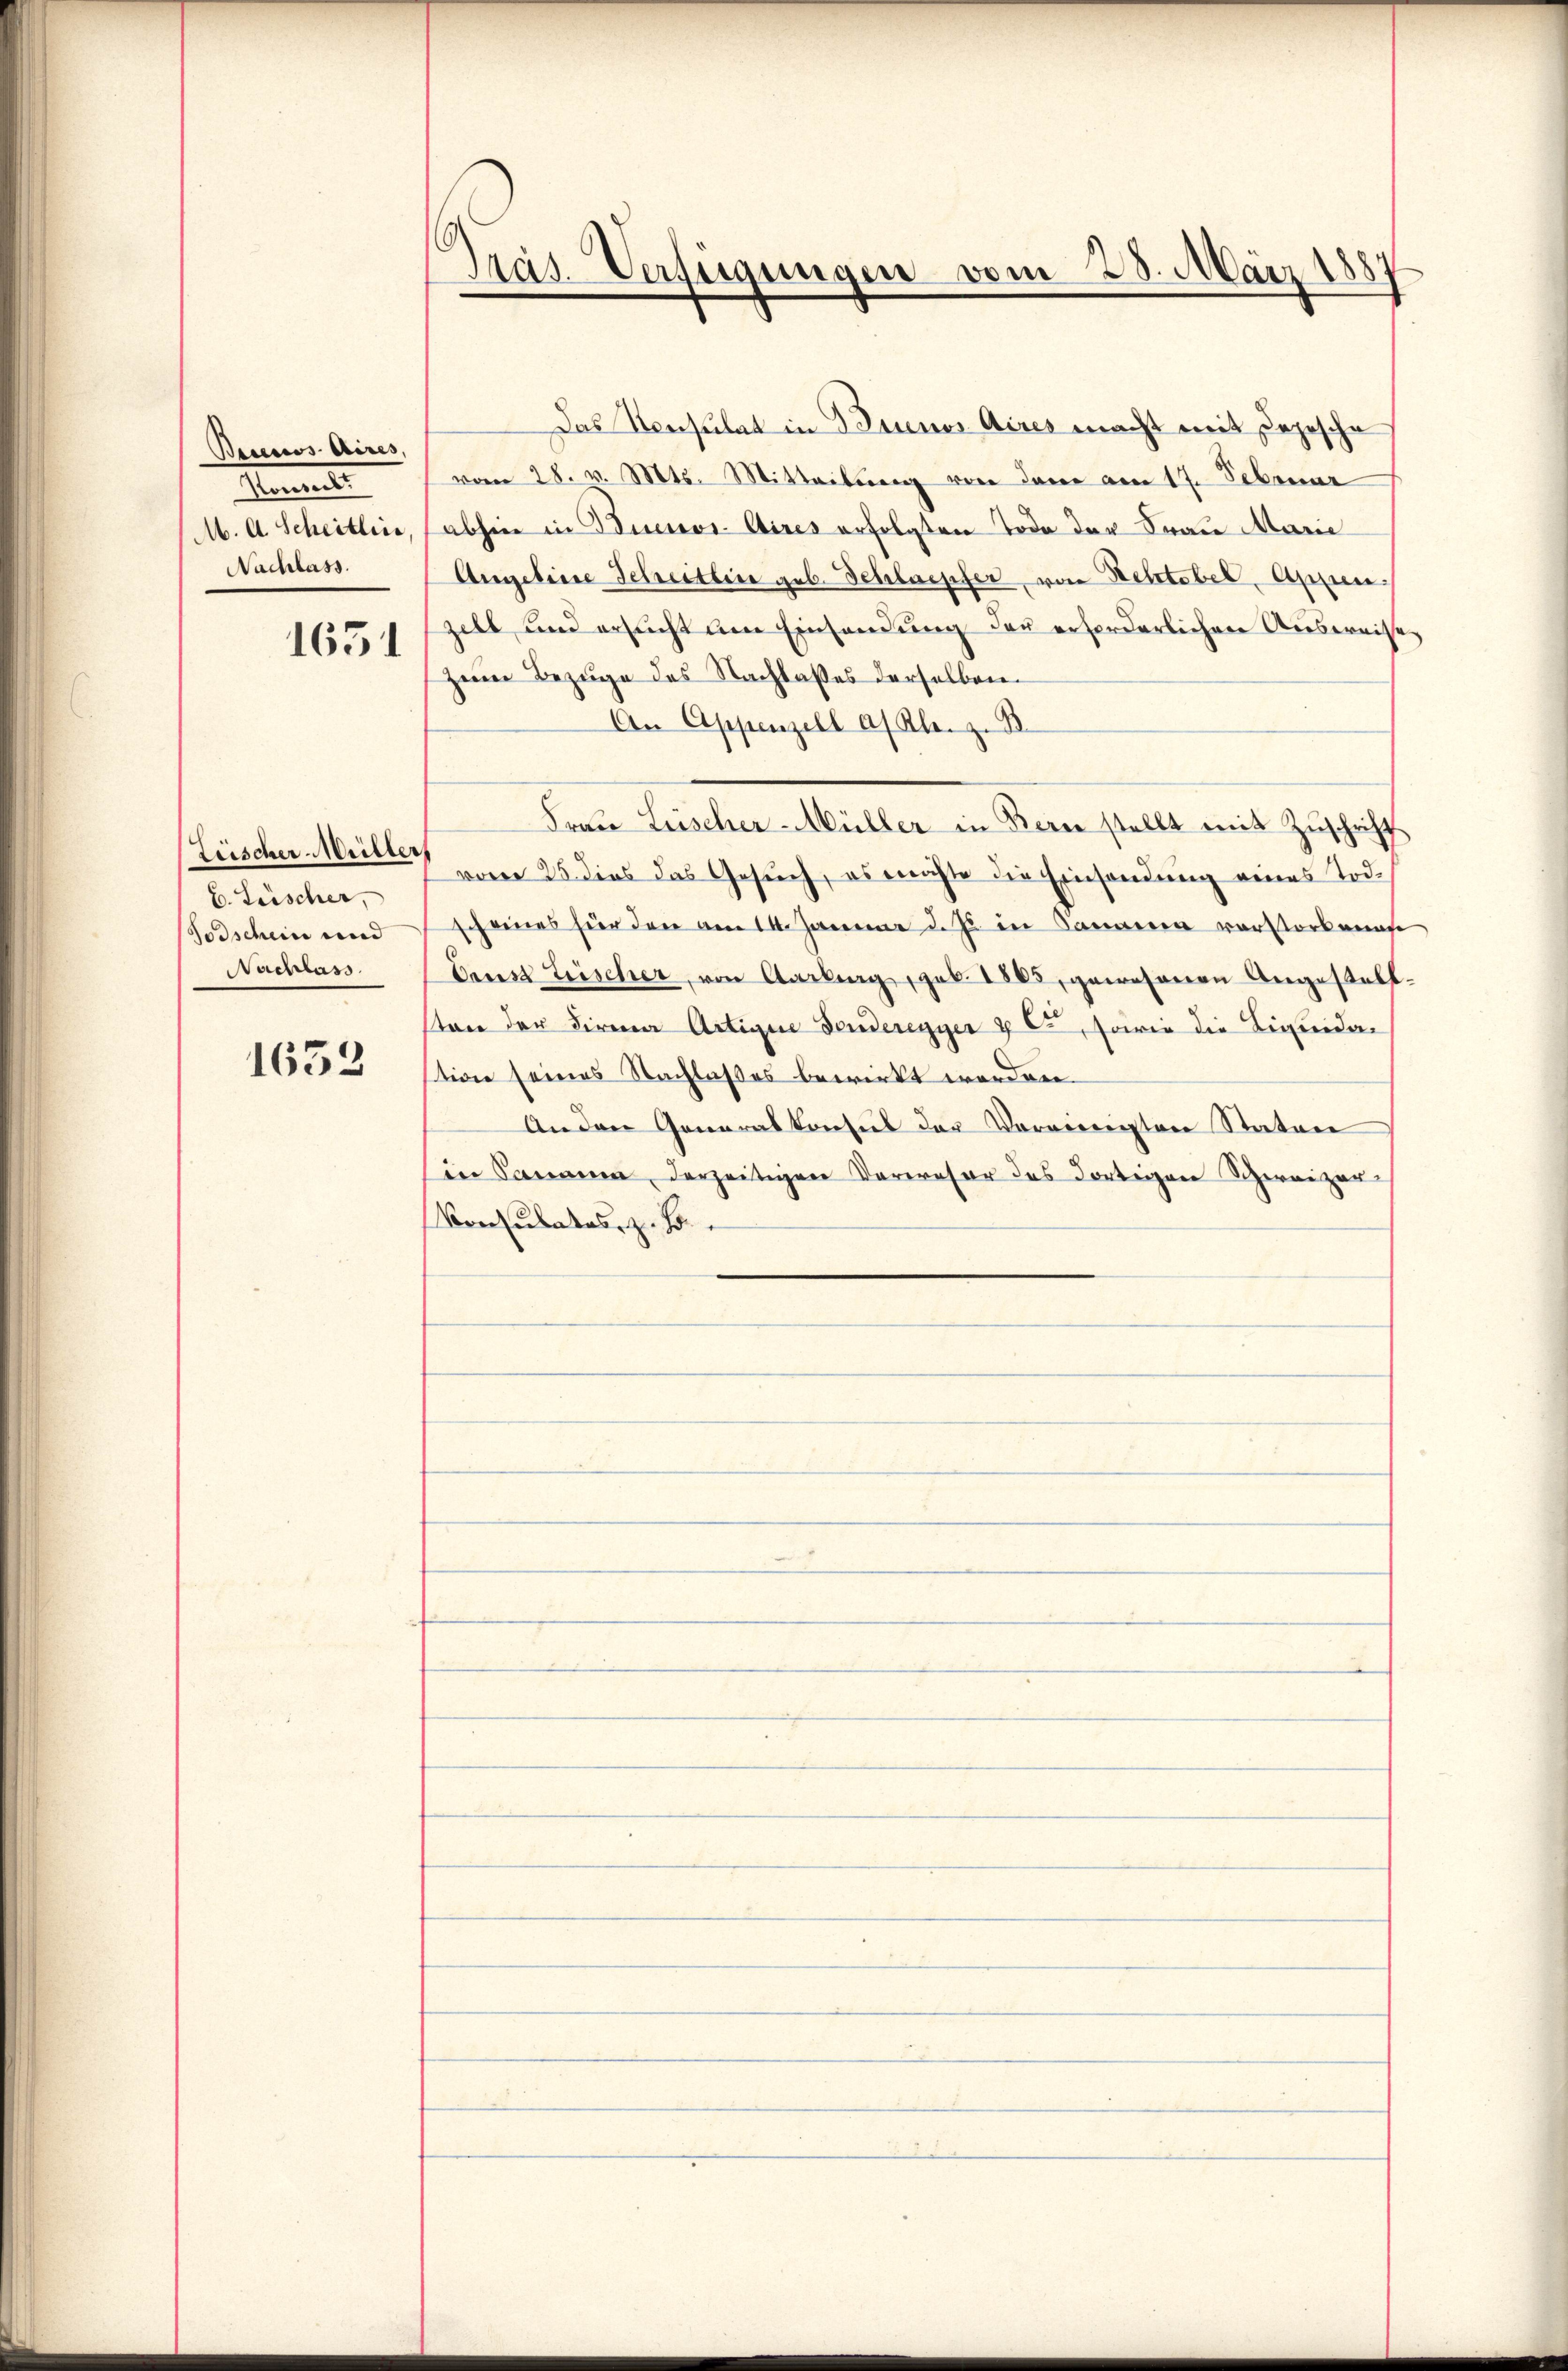
Besessos Aires,
Hennen
M. A. Scheitlic
Nachlass.

1651

Zeischer-Meiller
b. Lüscher,
odschen und
Nachlass

1653

Präs. Verfügungen vom 23. März 188

Das Versulat in Bannes Aires macht mit Depesche
vom 28. v. Mts. Mitteilung von dere am 17. Februar
abhin in Buenos-Aires erfolgten Tode der Frau Marie
Angeline Scheitlin geb. Schlaepfer, von Rektobel, Anzell und ersucht um Einsendung der erforderlichen Ausweise
zum Bezuge des Nachlaßes derselben
An Appenzell a/ Kl. z. B.
Frau Leischer-Müller in Bern stellt mit Zuschrift
vom 25. dies das Gesuch, es möchte die Einsendung eines Tod.
scheines hier den am 14. Januar d. Js. in anderen verstorbemuse
Drust Lüscher, von Carling, geb. 1863, gewesenen Angestellston der Firma Artigene Fonderegger & Cie, sowie die Liquidation seines Nachlasses bewirkt worden.
Anden Generalkonsul der Vereinigten Statore
in Sananen, derzeitigen Verweser des dortigen Schweizer
Konsulates, z. B.